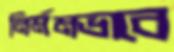
নির্মমভাবে